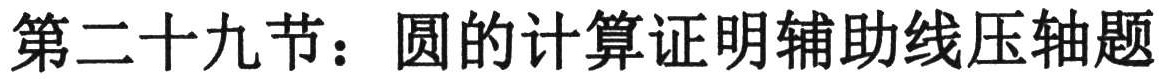
第二十九节：圆的计算证明辅助线压轴题